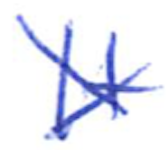
Text: It
Cross-out: cross
Writing tool: ballpoint